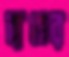
ব্যঙের